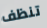
تنظف